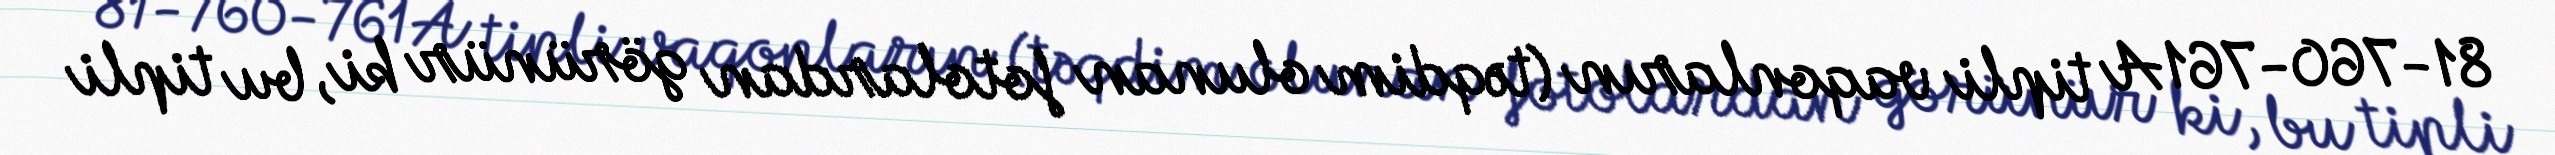
81-760-761A tipli vaqonların (təqdim olunan fotolardan görünür ki, bu tipli